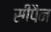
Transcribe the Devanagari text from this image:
सीपैन